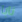
نابا